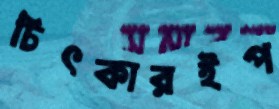
চিৎকারইপ